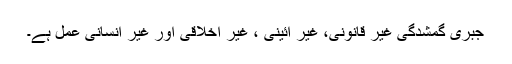
جبری گمشدگی غیر قانونی، غیر آئینی ، غیر اخلاقی اور غیر انسانی عمل ہے۔